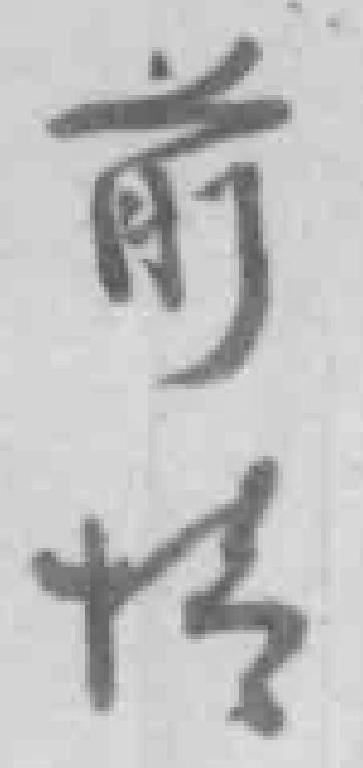
前情